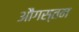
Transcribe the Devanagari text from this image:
औगस्तन